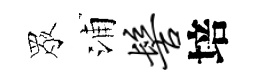
眾浦髻培